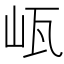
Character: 㼘